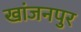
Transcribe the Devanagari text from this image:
खांजनपुर